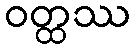
ဝတ္ထဿ